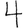
Digit: 4